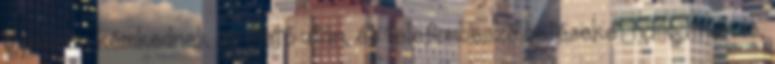
gyakran kémkednek az illető után, és telefonbeszélgetéseket hallgatnak le,